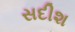
સદીશ